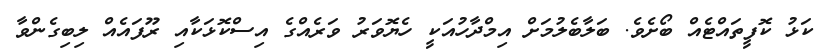
ކަޅު ކޮފީތައްޓެއް ބޯށެވެ. ބަލާބެލުމަށް އިމްދާހުއަކީ ހެޔޮވަރު ވަރެއްގެ އިސްކޮޅަކާއި ރޫފައެއް ލިބިގެންވާ